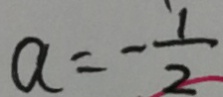
a = - \frac { 1 } { 2 }